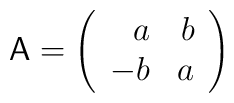
{\sf A}=\left(\begin{array}{rr} a & b \\ -b & a\\ \end{array}\right)